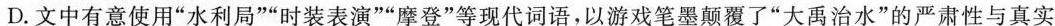
D. 文中有意使用“水利局”“时装表演”“摩”等现代词语，以游戏笔墨颠覆了“大禹治水”的严肃性与真实